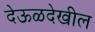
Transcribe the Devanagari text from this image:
देऊळदेखील